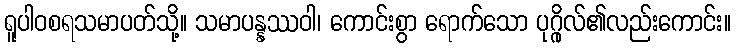
ရူပါဝစရသမာပတ်သို့။ သမာပန္နဿဝါ၊ ကောင်းစွာ ရောက်သော ပုဂ္ဂိုလ်၏လည်းကောင်း။